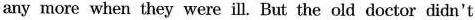
any more when they were ill. But the old doctor didn't